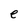
Character: e